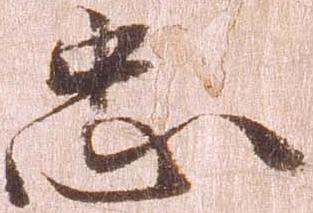
忠